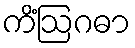
ကိံဩဂဓာ